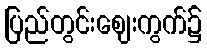
ပြည်တွင်းဈေးကွက်၌